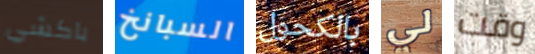
باكشي السبانخ بالكحول لي وقت